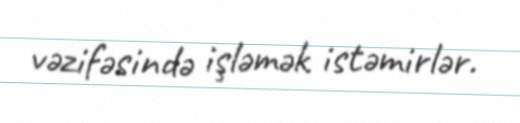
vəzifəsində işləmək istəmirlər.